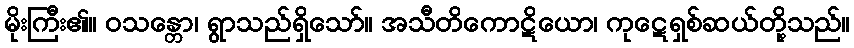
မိုးကြီး၏။ ဝသန္တော၊ ရွာသည်ရှိသော်။ အသီတိကောဋိယော၊ ကုဋေရှစ်ဆယ်တို့သည်။